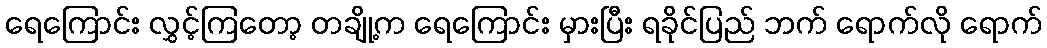
ရေကြောင်း လွှင့်ကြတော့ တချို့က ရေကြောင်း မှားပြီး ရခိုင်ပြည် ဘက် ရောက်လို ရောက်